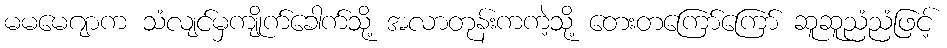
မမမေဂျာက သံလျင်မှကျိုက်ခေါက်သို့ အလာတုန်းကကဲ့သို့ တေးတကြော်ကြော် ဆူဆူညံညံဖြင့်